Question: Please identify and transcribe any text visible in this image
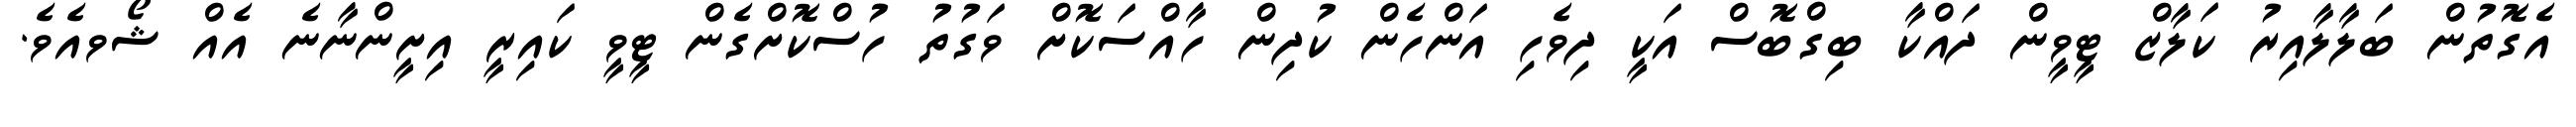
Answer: އެގޮތުން ބަލާލާއިރު ކަލާޒް ޓީވީން ދައްކާ ބިގްބޮސް އަކީ ދިވެހި އަންހެން ކުދިން ހާއްސަކޮށް ވަގުތު ހުސްކޮށްގެން ޓީވީ ކައިރީ އިށީންނާނެ އެއް ޝޯވއެވެ.